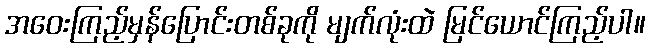
အဝေးကြည့်မှန်ပြောင်းတစ်ခုကို မျက်လုံးထဲ မြင်ယောင်ကြည့်ပါ။